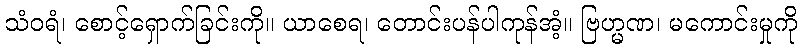
သံဝရံ၊ စောင့်ရှောက်ခြင်းကို။ ယာစေရ၊ တောင်းပန်ပါကုန်အံ့။ ဗြဟ္မဏ၊ မကောင်းမှုကို